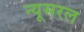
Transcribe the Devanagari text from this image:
न्यूमरल